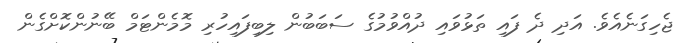
ޖެހިގަނެއެވެ. އަދި ދެ ފައި ތަޅުވައި ދުއްވުމުގެ ސަބަބުން ލިބިފައިހުރި މޮމެންޓަމް ބޭނުންކޮށްގެން